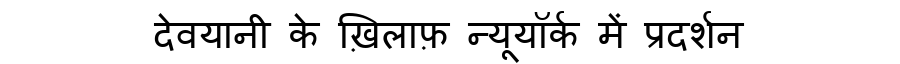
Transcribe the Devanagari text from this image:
देवयानी के ख़िलाफ़ न्यूयॉर्क में प्रदर्शन